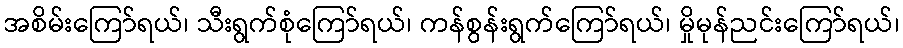
အစိမ်းကြော်ရယ်၊ သီးရွက်စုံကြော်ရယ်၊ ကန်စွန်းရွက်ကြော်ရယ်၊ မှိုမုန်ညင်းကြော်ရယ်၊